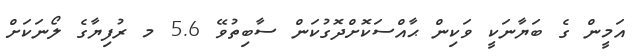
އަމީން ގެ ބަޔާނަކީ ވަކިން ޙާއްސަކޮށްދޮގުކަން ސާބިތުވޭ 5.6 މ ރުފިޔާގެ ލޯނަކަށް